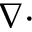
\nabla \cdot